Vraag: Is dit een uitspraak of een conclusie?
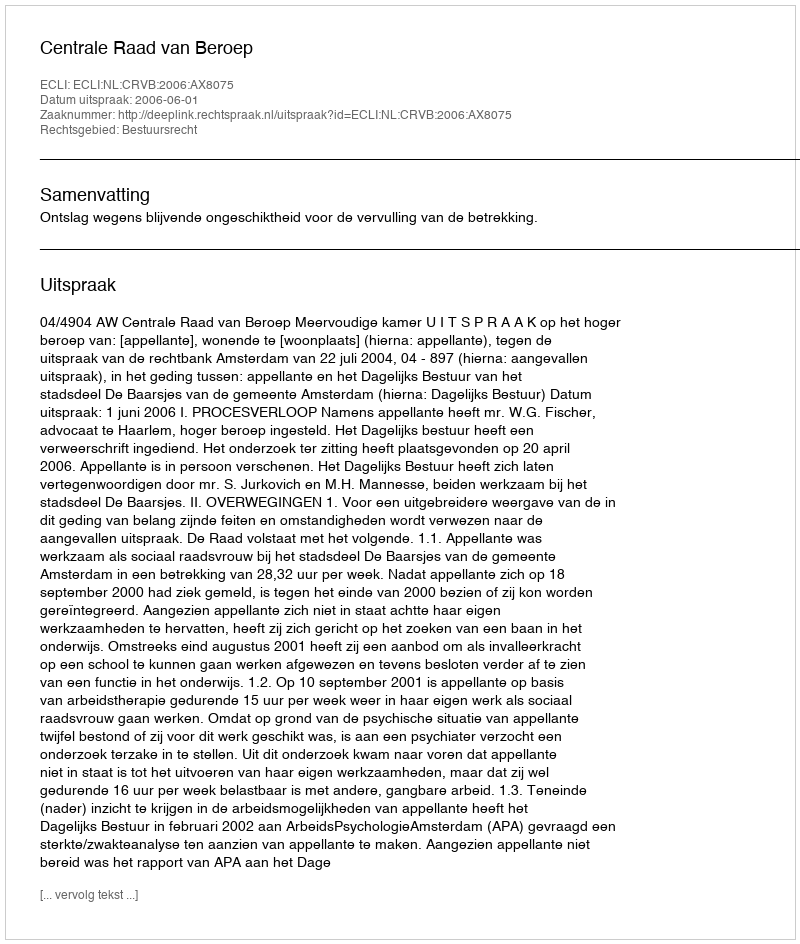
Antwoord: Uitspraak